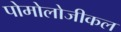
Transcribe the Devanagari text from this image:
पोमोलोजीकल